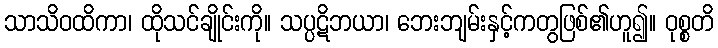
သာသိဝထိကာ၊ ထိုသင်ချိုင်းကို။ သပ္ပဋိဘယာ၊ ဘေးဘျမ်းနှင့်ကတွဖြစ်၏ဟူ၍။ ဝုစ္စတိ